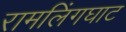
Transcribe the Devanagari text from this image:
रामलिंगघाट